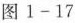
图1-17